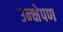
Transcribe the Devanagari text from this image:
उन्क्षेपण